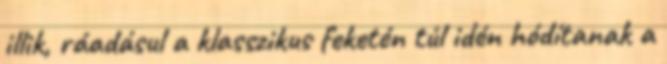
illik, ráadásul a klasszikus feketén túl idén hódítanak a